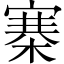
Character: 寨